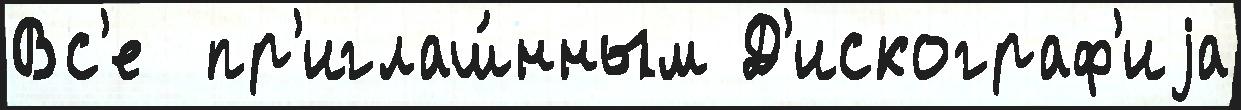
Вс'е  пр'иглаш́нным Д'искограф'иjа